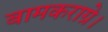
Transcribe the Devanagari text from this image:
बामकराग्रे।